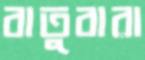
বাতুবারা